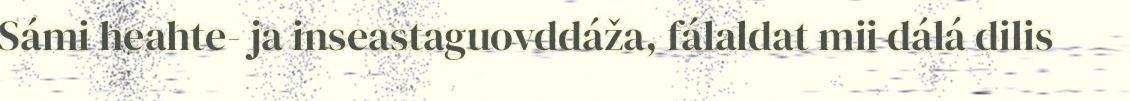
Sámi heahte- ja inseastaguovddáža, fálaldat mii dálá dilis